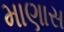
માણાસ